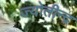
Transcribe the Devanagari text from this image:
ज्योतीन्द्र